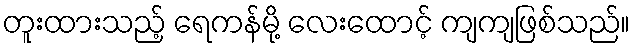
တူးထားသည့် ရေကန်မို့ လေးထောင့် ကျကျဖြစ်သည်။